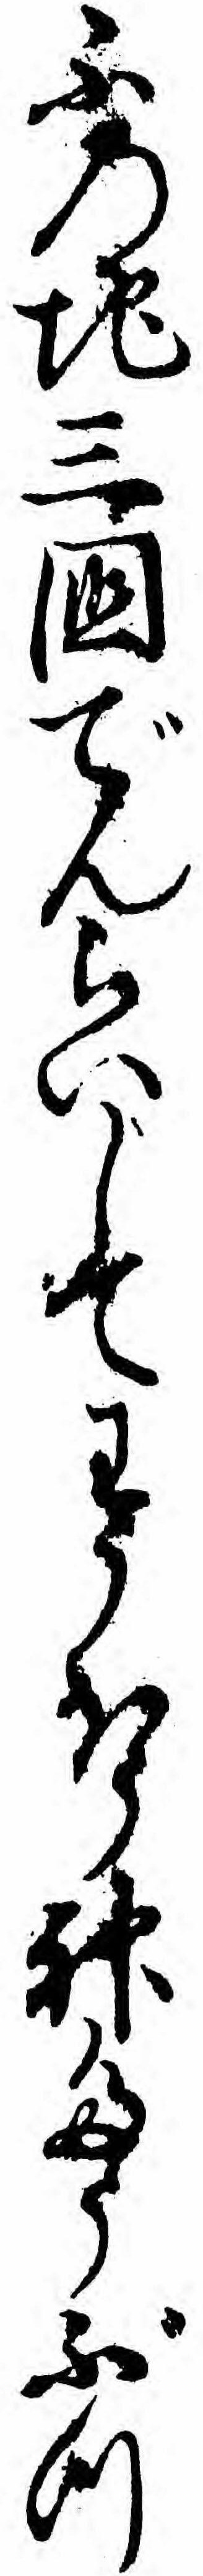
ふの地三国でんらいしてわうほう神たうぶつ